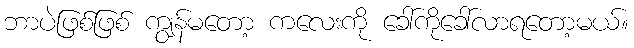
ဘာပဲဖြစ်ဖြစ် ကျွန်မတော့ ကလေးကို ခေါ်ကိုခေါ်လာရတော့မယ်။